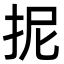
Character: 抳